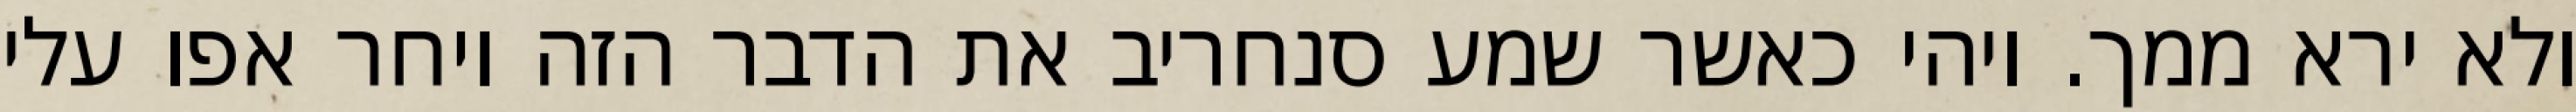
ולא ירא ממך. ויהי כאשר שמע סנחריב את הדבר הזה ויחר אפו עלי